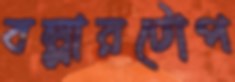
বল্লারটোপ